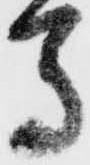
馬